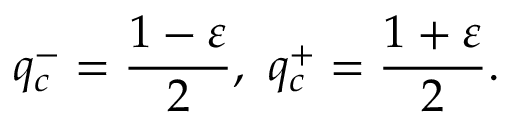
q _ { c } ^ { - } = \frac { 1 - \varepsilon } { 2 } , \thinspace \thinspace q _ { c } ^ { + } = \frac { 1 + \varepsilon } { 2 } .